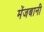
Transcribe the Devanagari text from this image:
मेंजबानी